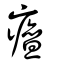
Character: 𤺺